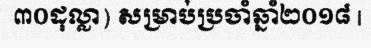
៣០ដុល្លា) សម្រាប់ប្រចាំឆ្នាំ២០១៨ |